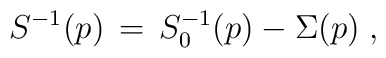
S^{-1} (p) \,=\, S_0^{-1} (p) - \Sigma (p) \; ,